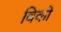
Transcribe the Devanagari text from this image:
बिको